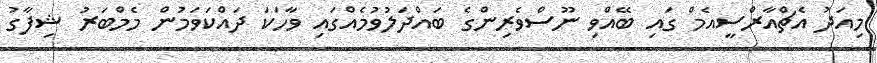
މިއަދު އެޗްއާރްސީއެމް ގައި ބޭއްވި ނޫސްވެރިންގެ ބައްދަލުވުމެއްގައި ވާހަކަ ދައްކަވަމުން މެމްބަރު ޝިފާގު